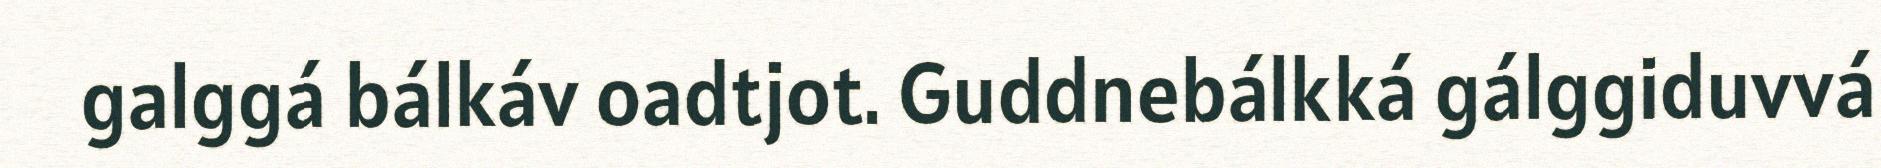
galggá bálkáv oadtjot. Guddnebálkká gálggiduvvá